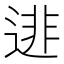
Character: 𨓿